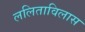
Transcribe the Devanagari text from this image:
ललिताविलास